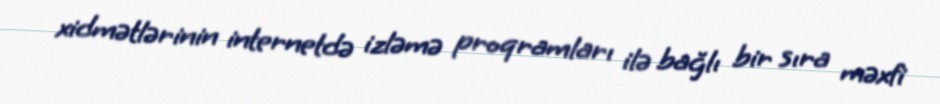
xidmətlərinin internetdə izləmə proqramları ilə bağlı bir sıra məxfi